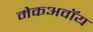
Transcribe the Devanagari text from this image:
मेकअवॉय